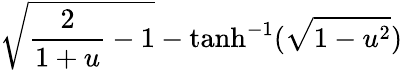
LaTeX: \sqrt{\frac{2}{1+u}-1}-\operatorname{tanh}^{-1}(\sqrt{1-u^{2}})